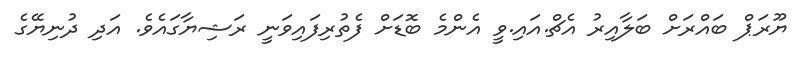
ޔޫރަޕް ބައްރަށް ބަލާއިރު އެޗް.އައި.ވީ އެންމެ ބޮޑަށް ފެތުރިފައިވަނީ ރަޝިޔާގައެވެ. އަދި ދުނިޔޭގެ